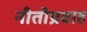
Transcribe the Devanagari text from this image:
नीतीप्रवाह